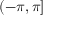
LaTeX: ( - \pi , \pi ]